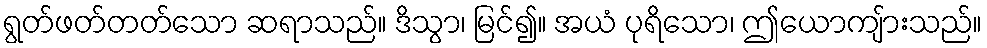
ရွတ်ဖတ်တတ်သော ဆရာသည်။ ဒိသွာ၊ မြင်၍။ အယံ ပုရိသော၊ ဤယောကျ်ားသည်။